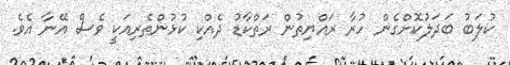
ކުލަބު ބަދަލުކޮށްގެން ހުރާ ރައްޔިތުން ރަތްކާޑު ދެއްކި ކުޅުންތެރިއަކީ ވެސް އޭނާ އެވެ.